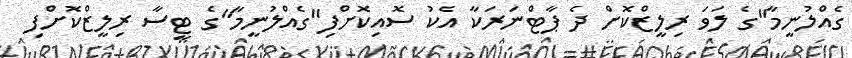
ގެއްލުނީމާ"ގެ ލަވަ ރިލީޒްކޮށް ދެ ޕާޓްނަރަކާ އެކު ސޮއިކޮށްފި"ގެއްލުނީމާ"ގެ ޓީސާ ރިލީޒްކޮށްފި